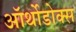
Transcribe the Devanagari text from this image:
ऑर्थोडोक्स